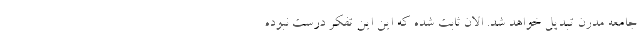
جامعه مدرن تبدیل خواهد شد. الان ثابت شده که این این تفکر درست نبوده